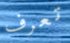
تعرف